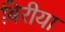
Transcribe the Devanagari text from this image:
बिरीया